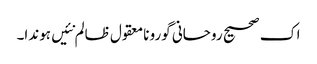
اک صحیح روحانی گورو نامعقول ظالم نئیں ہوندا۔